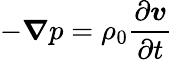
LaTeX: -\boldsymbol{\nabla}p=\rho_{0}\frac{\partial\boldsymbol{v}}{\partial t}